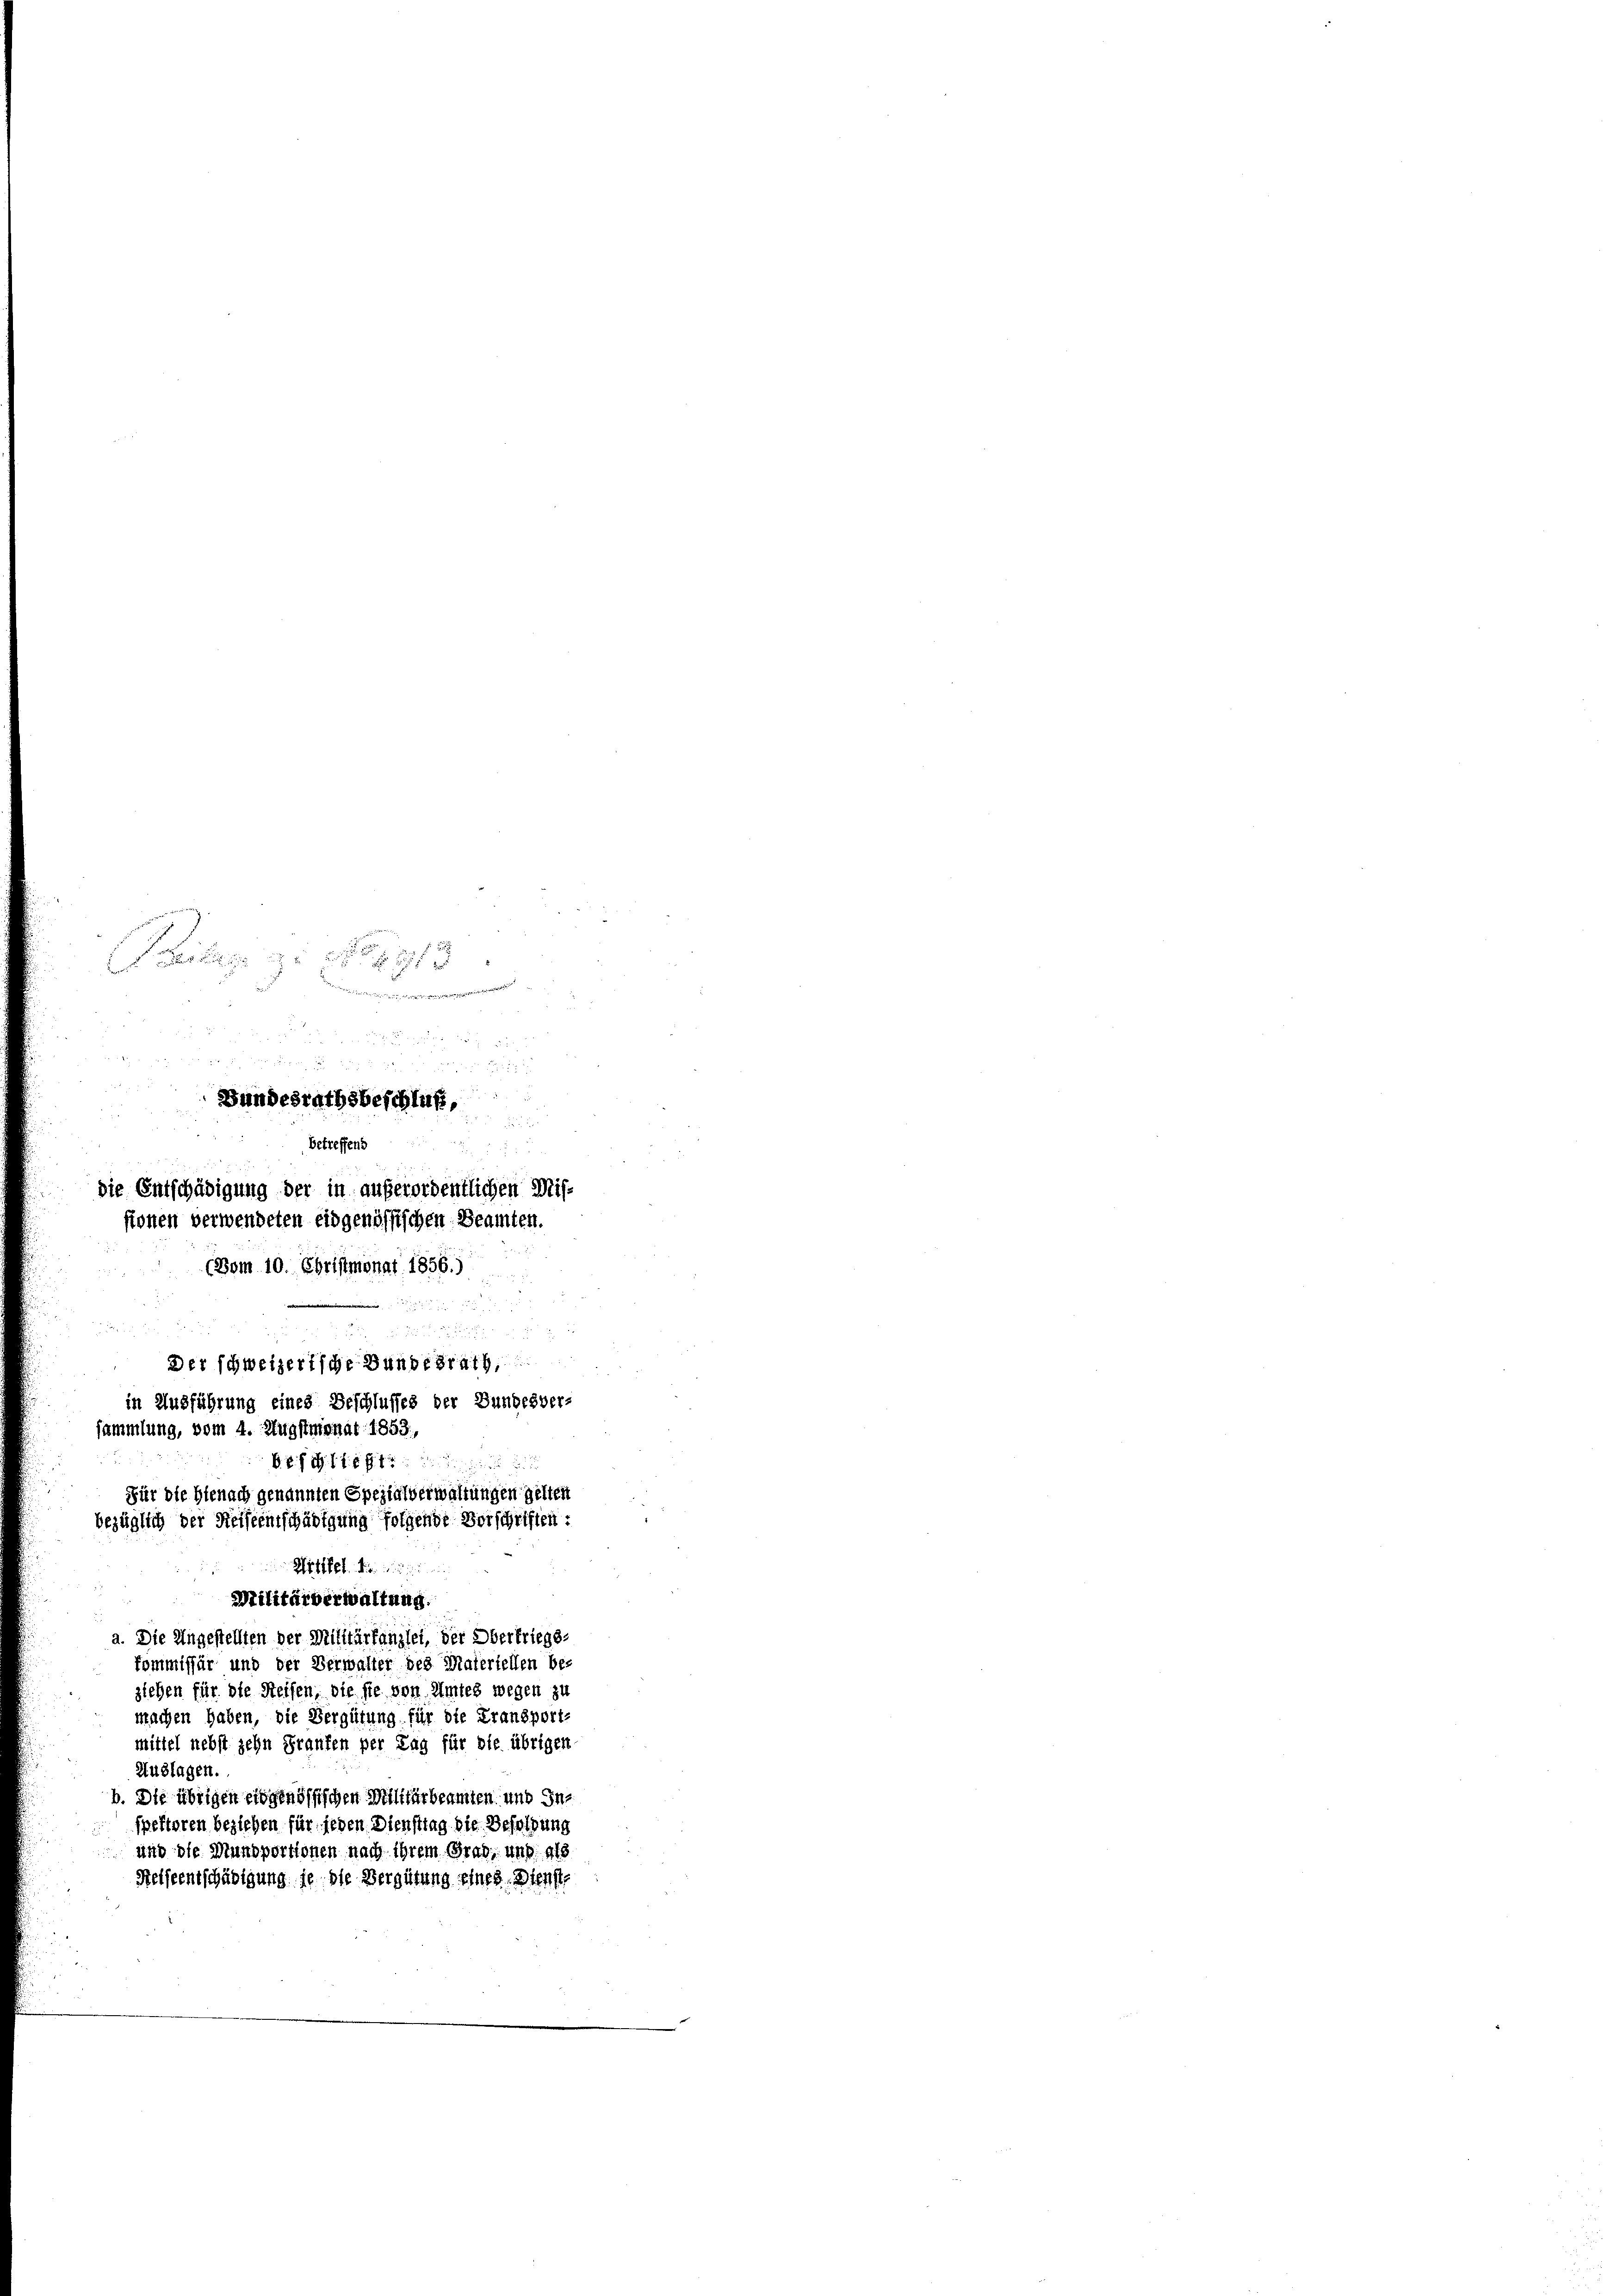
est zu 41 x
Denunterritorenennern werde

2 f 0 x
Bundesrathsbeschluß,

betreffend
xx
die Entschädigung der in außerordentlichen Misstonen verwendeten eidgenössischen Beamten.
(Vom 10. Christmonat 1856.)
wid

Der schweizerische Bundesrath,
in Ausführung eines Beschlusses der Bundesver-
sammlung, vom 4. Augstmonat 1853,
1
b. 8. d. 176 f 18 die
Für die Hienach genannten Spezialverwaltungen gelten
bezüglich der Reiseentschädigung folgende Vorschriften :
Weh, die nun

Militärberwaltung.
a. Die Angestellten der Militärfangsei, der Obertriegs-
kommissär und der Verwalter des Materiellen be-
ziehen für die Reisen, die sie von Amtes wegen zu
machen haben, die Vergütung für die Fransports
mittel nebst zehn Fraufen per Tag für die übrigen
Auslagen.
b. Die übrigen eidgenössischen Militärbeamten und Inspektoren beziehen für jeden Diensttag die Besoldung
und die Munsportionen nach ihrem Grad, und als
Helfeentschädigung je die Vergütung eines Dienste